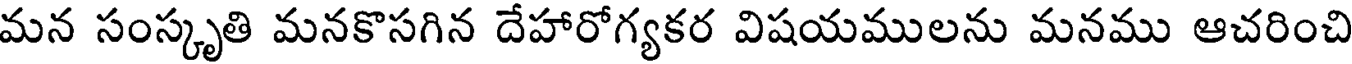
మన సంస్కృతి మనకొసగిన దేహారోగ్యకర విషయములను మనము ఆచరించి